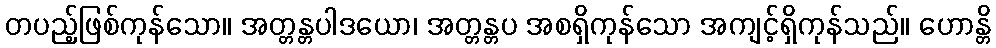
တပည့်ဖြစ်ကုန်သော။ အတ္တန္တပါဒယော၊ အတ္တန္တပ အစရှိကုန်သော အကျင့်ရှိကုန်သည်။ ဟောန္တိ